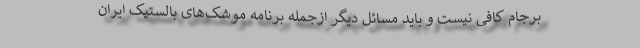
برجام کافی نیست و باید مسائل دیگر ازجمله برنامه موشک‌های بالستیک ایران